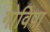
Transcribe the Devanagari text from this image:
गोविषा